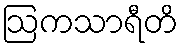
ဩကသာရီတိ